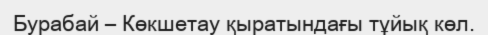
Бурабай – Көкшетау қыратындағы тұйық көл.